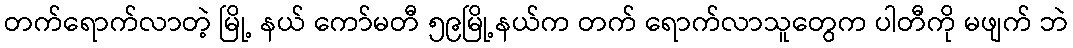
တက်ရောက်လာတဲ့ မြို့ နယ် ကော်မတီ ၅၉မြို့နယ်က တက် ရောက်လာသူတွေက ပါတီကို မဖျက် ဘဲ